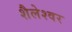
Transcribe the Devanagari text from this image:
शैलेश्‍वर